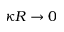
\kappa R \rightarrow 0